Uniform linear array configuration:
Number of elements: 32
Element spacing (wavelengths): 0.75
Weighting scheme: exponential
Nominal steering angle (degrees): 60
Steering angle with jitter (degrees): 60.587
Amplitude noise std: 0.05
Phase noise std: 0.05

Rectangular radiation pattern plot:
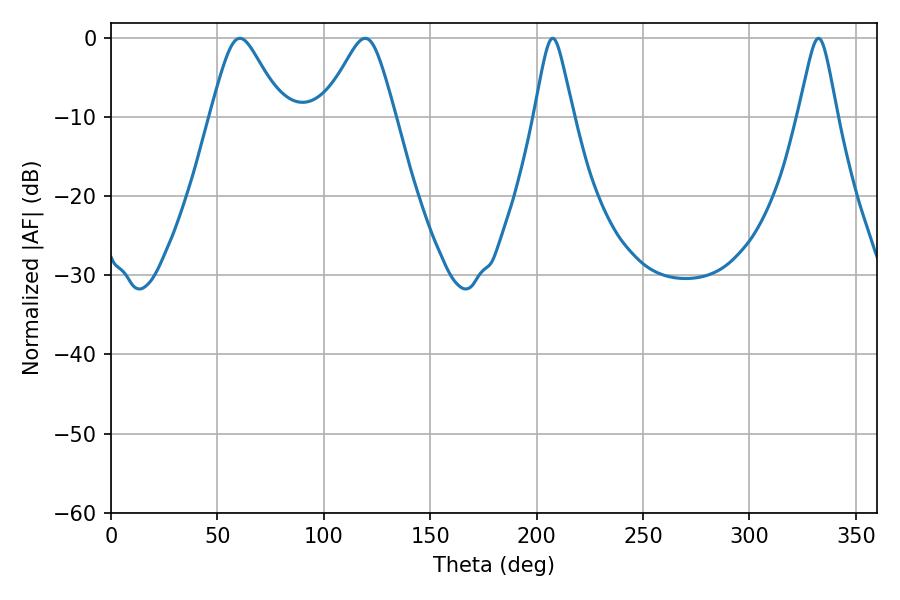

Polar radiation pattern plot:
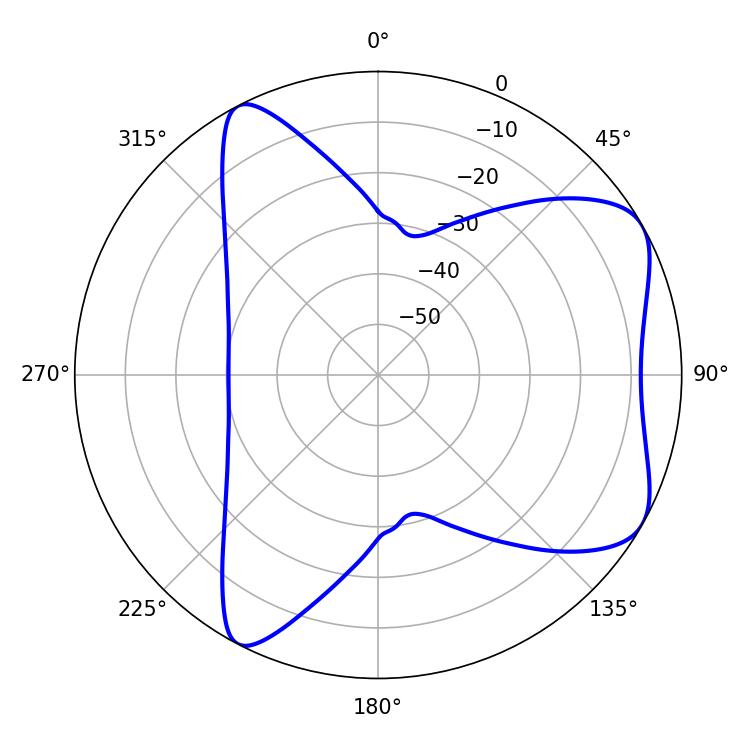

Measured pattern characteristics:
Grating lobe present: TRUE
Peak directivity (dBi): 6.417
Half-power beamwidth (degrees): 8.64
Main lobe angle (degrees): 207.54